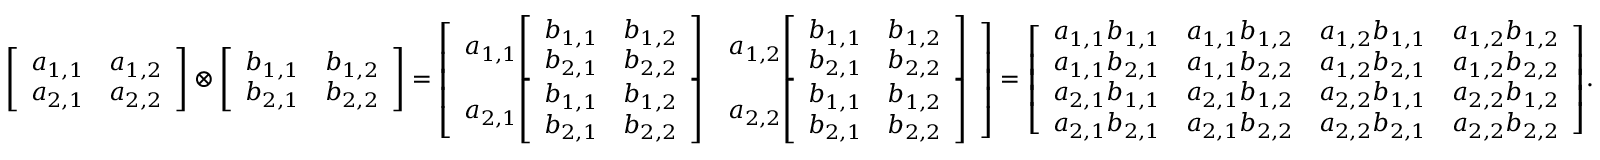
{ \left[ \begin{array} { l l } { a _ { 1 , 1 } } & { a _ { 1 , 2 } } \\ { a _ { 2 , 1 } } & { a _ { 2 , 2 } } \end{array} \right] } \otimes { \left[ \begin{array} { l l } { b _ { 1 , 1 } } & { b _ { 1 , 2 } } \\ { b _ { 2 , 1 } } & { b _ { 2 , 2 } } \end{array} \right] } = { \left[ \begin{array} { l l } { a _ { 1 , 1 } { \left[ \begin{array} { l l } { b _ { 1 , 1 } } & { b _ { 1 , 2 } } \\ { b _ { 2 , 1 } } & { b _ { 2 , 2 } } \end{array} \right] } } & { a _ { 1 , 2 } { \left[ \begin{array} { l l } { b _ { 1 , 1 } } & { b _ { 1 , 2 } } \\ { b _ { 2 , 1 } } & { b _ { 2 , 2 } } \end{array} \right] } } \\ { a _ { 2 , 1 } { \left[ \begin{array} { l l } { b _ { 1 , 1 } } & { b _ { 1 , 2 } } \\ { b _ { 2 , 1 } } & { b _ { 2 , 2 } } \end{array} \right] } } & { a _ { 2 , 2 } { \left[ \begin{array} { l l } { b _ { 1 , 1 } } & { b _ { 1 , 2 } } \\ { b _ { 2 , 1 } } & { b _ { 2 , 2 } } \end{array} \right] } } \end{array} \right] } = { \left[ \begin{array} { l l l l } { a _ { 1 , 1 } b _ { 1 , 1 } } & { a _ { 1 , 1 } b _ { 1 , 2 } } & { a _ { 1 , 2 } b _ { 1 , 1 } } & { a _ { 1 , 2 } b _ { 1 , 2 } } \\ { a _ { 1 , 1 } b _ { 2 , 1 } } & { a _ { 1 , 1 } b _ { 2 , 2 } } & { a _ { 1 , 2 } b _ { 2 , 1 } } & { a _ { 1 , 2 } b _ { 2 , 2 } } \\ { a _ { 2 , 1 } b _ { 1 , 1 } } & { a _ { 2 , 1 } b _ { 1 , 2 } } & { a _ { 2 , 2 } b _ { 1 , 1 } } & { a _ { 2 , 2 } b _ { 1 , 2 } } \\ { a _ { 2 , 1 } b _ { 2 , 1 } } & { a _ { 2 , 1 } b _ { 2 , 2 } } & { a _ { 2 , 2 } b _ { 2 , 1 } } & { a _ { 2 , 2 } b _ { 2 , 2 } } \end{array} \right] } .